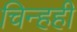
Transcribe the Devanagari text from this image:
चिन्हही